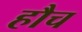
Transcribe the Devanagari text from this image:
हौच